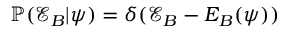
\mathbb { P } ( \mathcal { E } _ { B } | \boldsymbol { \psi } ) = \delta ( \mathcal { E } _ { B } - \boldsymbol { E } _ { B } ( \boldsymbol { \psi } ) )